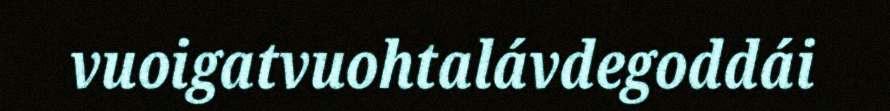
vuoigatvuohtalávdegoddái